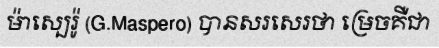
ម៉ាស្បេរ៉ូ (G.Maspero) បានសរសេរថា ម្រេចគឺជា